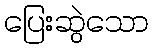
ပြေးဆွဲသော